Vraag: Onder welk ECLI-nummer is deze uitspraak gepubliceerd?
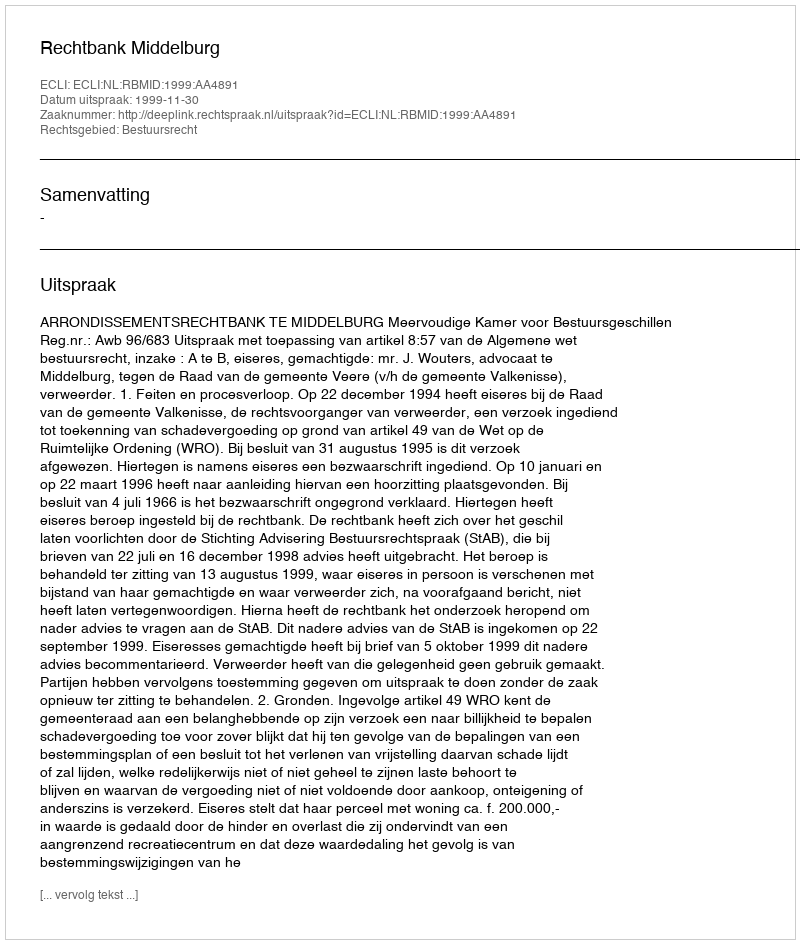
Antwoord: ECLI:NL:RBMID:1999:AA4891